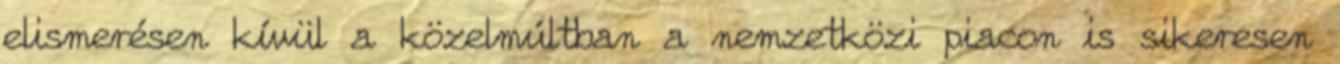
elismerésen kívül a közelmúltban a nemzetközi piacon is sikeresen